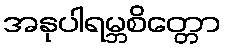
အနုပါရမ္ဘစိတ္တော